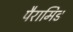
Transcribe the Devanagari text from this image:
पैरामिड